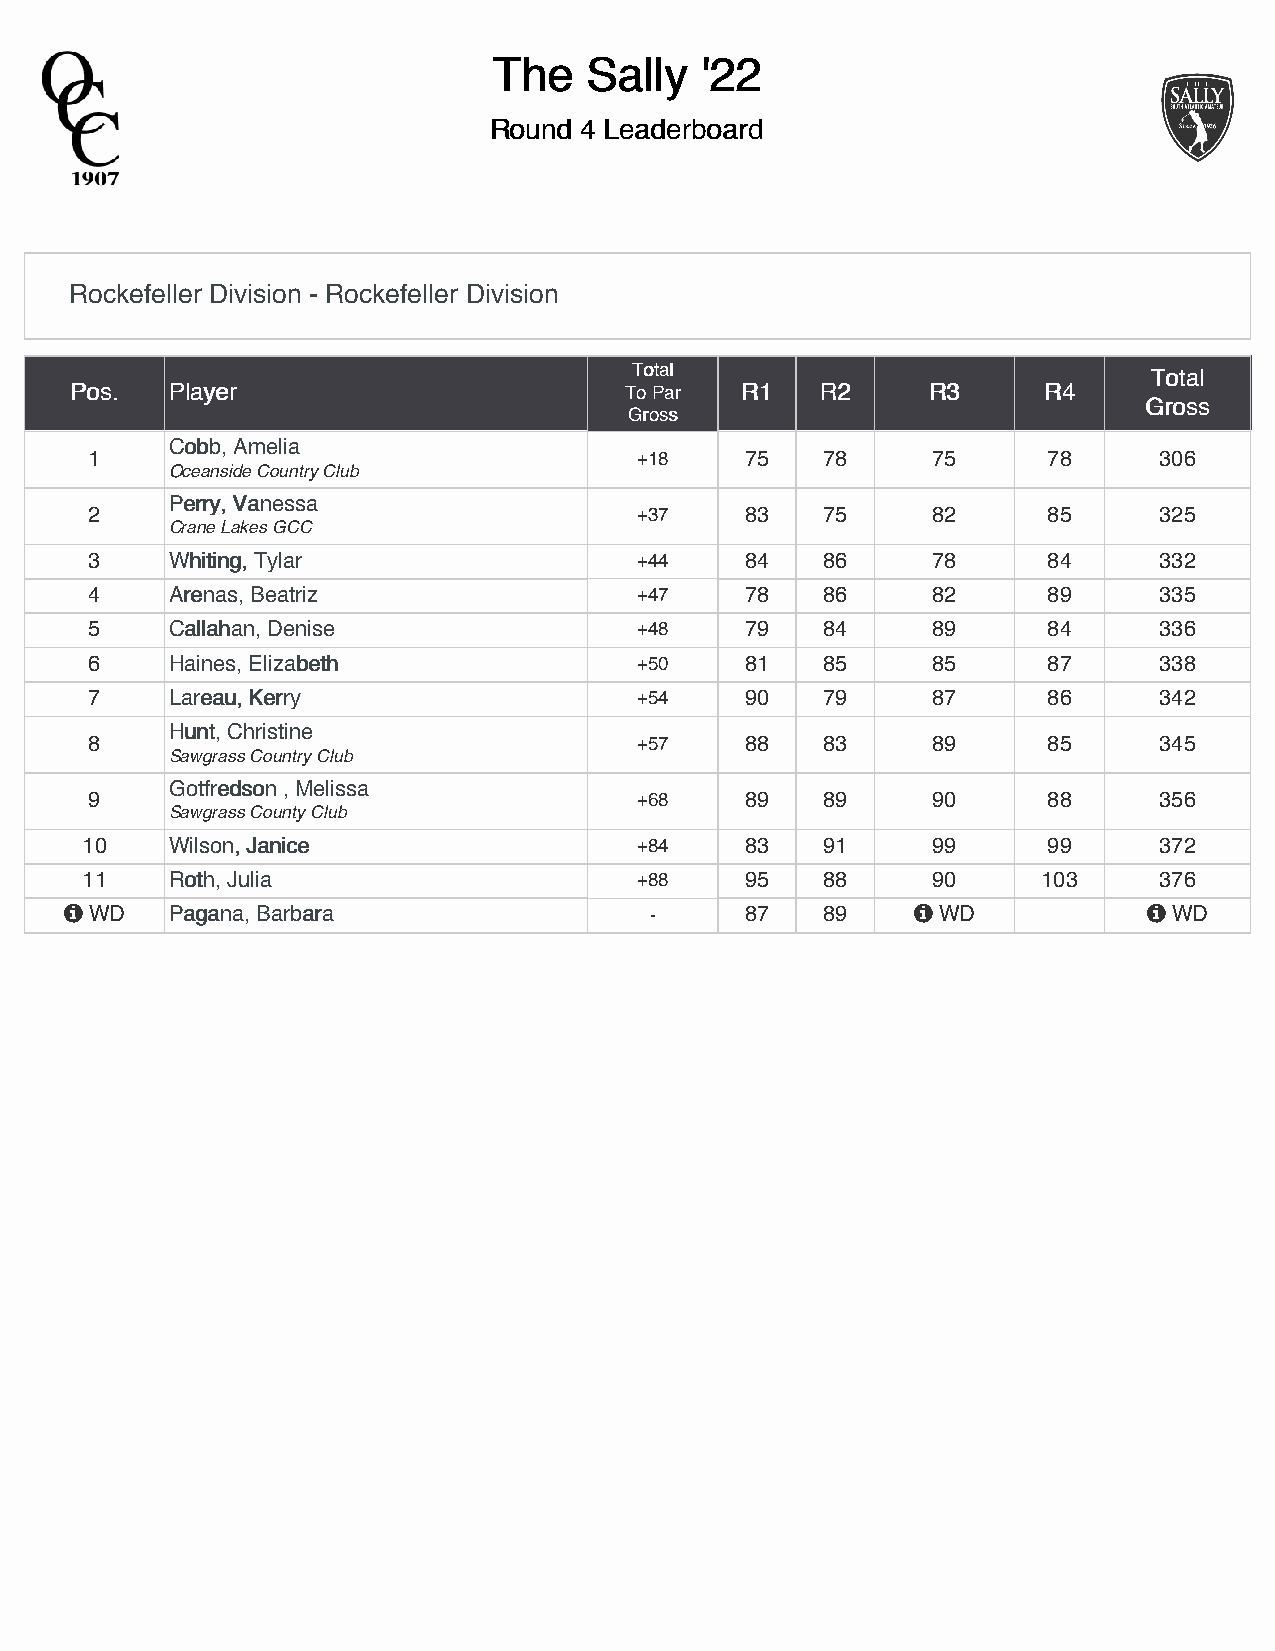
TThhee SSaallllyy ''2222
 RRoouunndd 44 LLeeaaddeerrbbooaarrdd
 Rockefeller Division - Rockefeller Division
 TToottaall                        TToottaall
 PPooss.. PPllaayyeerr               TToo PPaarr RR11 RR22 RR33  RR44
 GGrroossss
 GGrroossss
 CCoobbbb,, AAmmeelliiaa
 1                                   +18    75   78      75     78      306
 Oceanside Country Club
 PPeerrrryy,, VVaanneessssaa
 2                                   +37    83   75      82     85      325
 Crane Lakes GCC
 3    WWhhiittiinngg,, TTyyllaarr    +44    84   86      78     84      332
 4    AArreennaass,, BBeeaattrriizz  +47    78   86      82     89      335
 5    CCaallllaahhaann,, DDeenniissee +48   79   84      89     84      336
 6    HHaaiinneess,, EElliizzaabbeetthh +50 81   85      85     87      338
 7    LLaarreeaauu,, KKeerrrryy      +54    90   79      87     86      342
 HHuunntt,, CChhrriissttiinnee
 8                                   +57    88   83      89     85      345
 Sawgrass Country Club
 GGoottffrreeddssoonn ,, MMeelliissssaa
 9                                   +68    89   89      90     88      356
 Sawgrass County Club
 10    WWiillssoonn,, JJaanniiccee    +84    83   91      99     99      372
 11    RRootthh,, JJuulliiaa          +88    95   88      90     103     376
 WD    PPaaggaannaa,, BBaarrbbaarraa   -     87   89    WD             WD